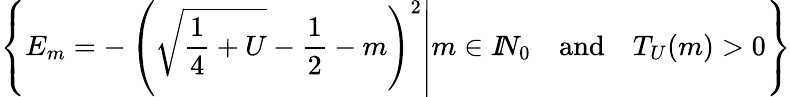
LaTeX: \left\{ E_{m}=-\left(\left.\sqrt{\frac 14+U}-\frac 12-m\right)^{2}\right|m\in I\! \! N_{0}\quad\mathrm{and}\quad T_{U}(m)>0\right\}